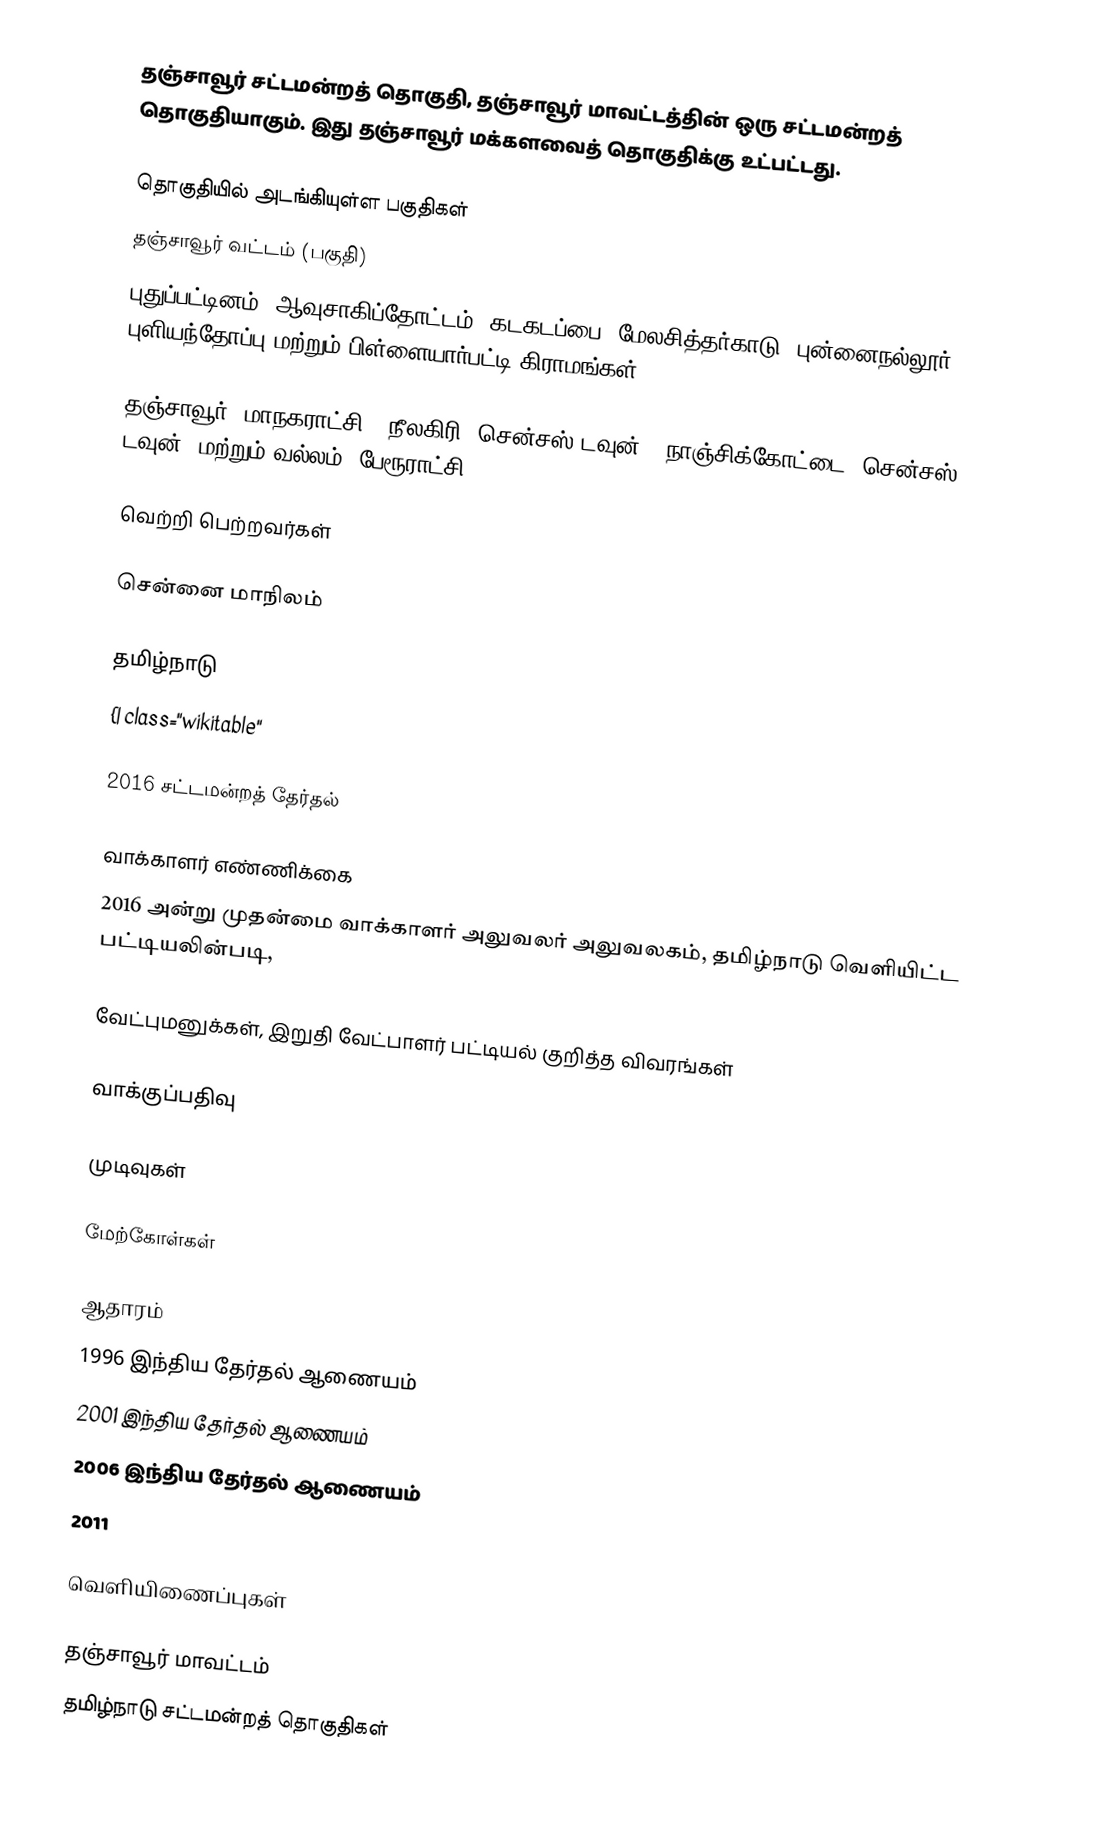
தஞ்சாவூர் சட்டமன்றத் தொகுதி, தஞ்சாவூர் மாவட்டத்தின் ஒரு சட்டமன்றத் தொகுதியாகும். இது தஞ்சாவூர் மக்களவைத் தொகுதிக்கு உட்பட்டது.

தொகுதியில் அடங்கியுள்ள பகுதிகள்
தஞ்சாவூர் வட்டம் (பகுதி)
புதுப்பட்டினம், ஆவுசாகிப்தோட்டம், கடகடப்பை, மேலசித்தர்காடு, புன்னைநல்லூர், புளியந்தோப்பு மற்றும் பிள்ளையார்பட்டி கிராமங்கள்

தஞ்சாவூர் (மாநகராட்சி), நீலகிரி (சென்சஸ் டவுன்). நாஞ்சிக்கோட்டை (சென்சஸ் டவுன்) மற்றும் வல்லம் (பேரூராட்சி).

வெற்றி பெற்றவர்கள்

சென்னை மாநிலம்

தமிழ்நாடு
{| class="wikitable"

2016 சட்டமன்றத் தேர்தல்

வாக்காளர் எண்ணிக்கை
2016 அன்று முதன்மை வாக்காளர் அலுவலர் அலுவலகம், தமிழ்நாடு வெளியிட்ட பட்டியலின்படி,

வேட்புமனுக்கள், இறுதி வேட்பாளர் பட்டியல் குறித்த விவரங்கள்

வாக்குப்பதிவு

முடிவுகள்

மேற்கோள்கள்

ஆதாரம்
1996 இந்திய தேர்தல் ஆணையம்
2001 இந்திய தேர்தல் ஆணையம்
2006 இந்திய தேர்தல் ஆணையம்
2011

வெளியிணைப்புகள்

தஞ்சாவூர் மாவட்டம்
தமிழ்நாடு சட்டமன்றத் தொகுதிகள்